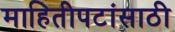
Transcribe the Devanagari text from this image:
माहितीपटांसाठी